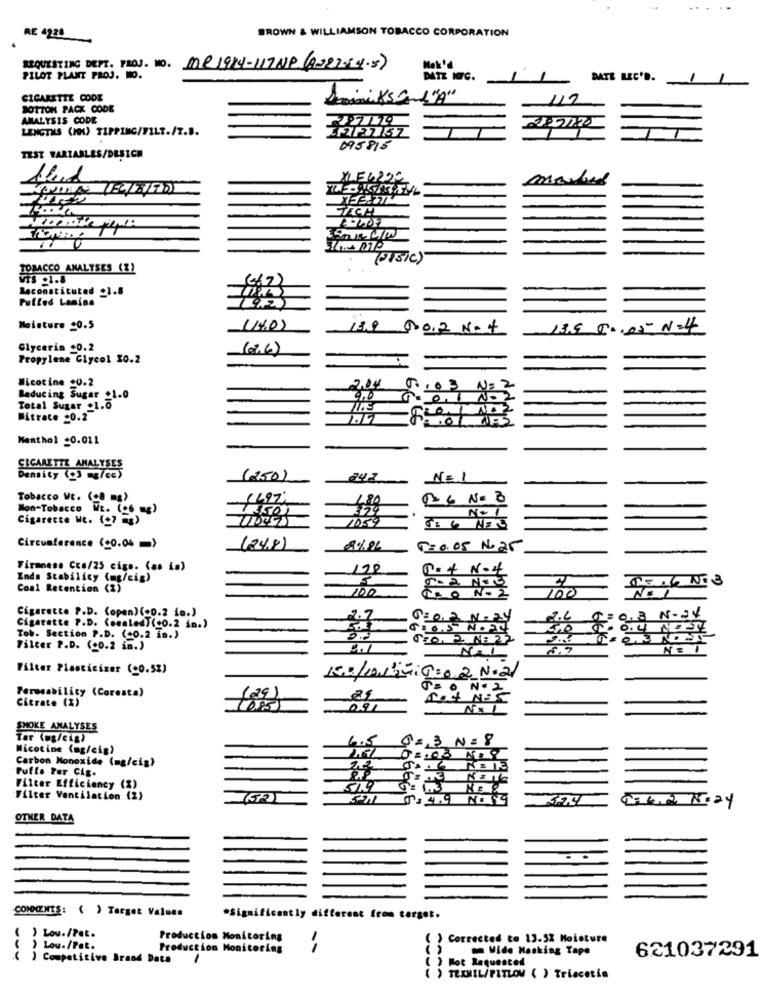
BROWN & WILLIAMSON TOBACCO CORPORATION
RE 4222
REQUESTING DEPT. TROJ. NO. MR 1914-117NP (2222-( 4-5)
PILOT PLANT PROJ. WO.
DATE REC'D.
CIGARETTE CODE
BOTTOM PACK CODE
ANALYSIS CODE
LENGTHS (HOU) TIPPING/FILT./T.S.
095815
TEST VARIABLES/DESICH
(015/c)
TOBACCO ANALYSES (Z)
WTS .1.8
(667)
Reconstituted _1.8
Pulled Lanina
Moisture 20.5
(40)
18.9 00.2 Not
13.6 00.05 N=4
Glycerin +0.2
(07.6)
Propylene Glycol 10.2
Nicotine +0.2
Reducing Sugar _1.0
0.1 NO2
Total Sugar .1.0
Mitrate .0.2
Menthol -0.011
CIGARETTE ANALYSES
Density (g) =8/ce)
(250)
N=1
Tobacco WE. (8 mg)
Mon-Tobacco WE. (+6 mg)
Cigarette Wt. (07 =>
1059
Circumference (+0.04 =>
(248)
80%96
T=0.05 N. 25
Firmness Ccs/25 cigs. (as in)
120
Det N-44
Enda Stabilicy (mg/cig)
Coal Retention (2)
10.0
100
CLO N. 2
Cigarette P.D. (open) (+0.2 in.)
0:0 2 N = 29
2.6
Cigarette P.D. (scaled) (co.2 in.)
5,0
Tob. Section P.D. (+0.2 in.)
TEO. 2 N: 22
Filter P.D. (0.2 im.)
Filter Plasticizer (c0.5%)
ISD/D LIG:0.2 N.2
Permeability (Coresta)
ZO Nº2
Citrate (%)
(29)
291
SMOKE ANALYSES
4.5
03,3 N = 8
Nicotine (ag/cig>
Carbon Monoxide (mg/cig)
Puffs Per Cis.
22
5.6
Filter Efficiency (1)
Filter Ventilation (2)
Non May
OTHER DATA
COMMENTS: ( ) Target Values
*Significantly different from target.
) Lou./Pet.
Production Monitoring
() Corrected to 13.52 Moisture
> Lou./Pat.
Production Monitoring
Wide Masking Tape
( ) Competitive Brand Date
Hot Requested
621037291
() TEAMIL/PITLOW ( ) Triecetia